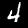
Label: 4